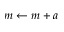
m \gets m + a